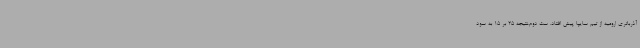
آذرباتری ارومیه از تیم سایپا پیش افتاد. ست دوم،نتیجه 25 بر 15 به سود